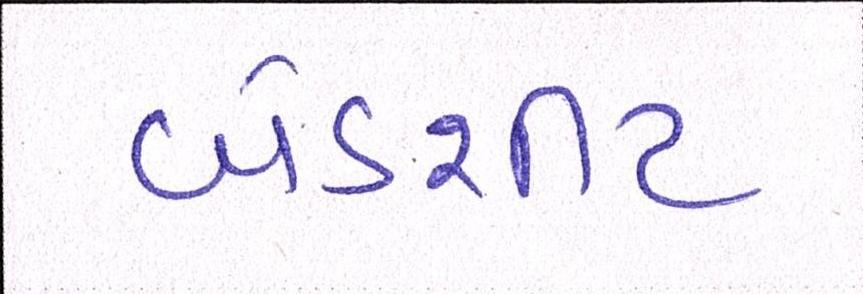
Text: બેડશીટ